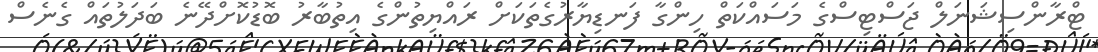
ޓްރާންސިޝަނަލް ޖަސްޓިސްގެ މަސައްކަތް ހިންގާ ފަނޑިޔާރުގެތަކަށް ރައްޔިތުންގެ އިތުބާރު ބޮޑުކޮށްދޭނެ ބަދަލުތައް ގެނެސް